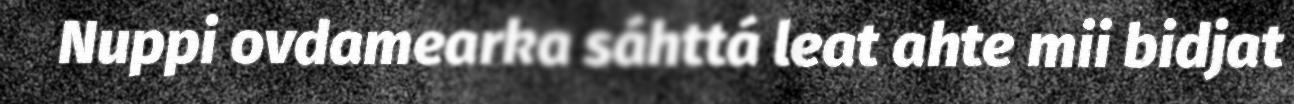
Nuppi ovdamearka sáhttá leat ahte mii bidjat